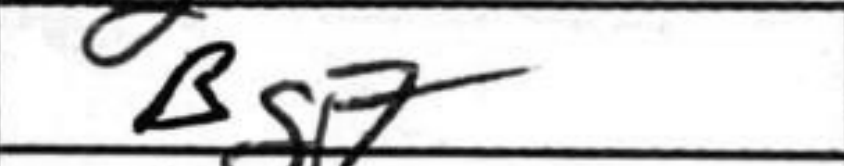
Transcription: Bg7